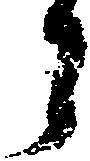
郎